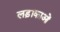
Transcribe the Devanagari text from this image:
लड़ाकाओं